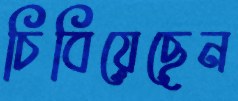
চিবিয়েছেন